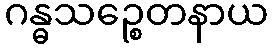
ဂန္ဓသဉ္စေတနာယ